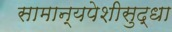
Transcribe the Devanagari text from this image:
सामान्यपेशीसुद्धा